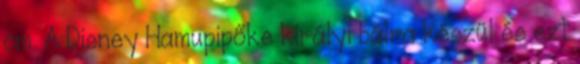
cm. A Disney Hamupipőke királyi bálra készül és ezt